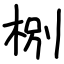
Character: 㭭